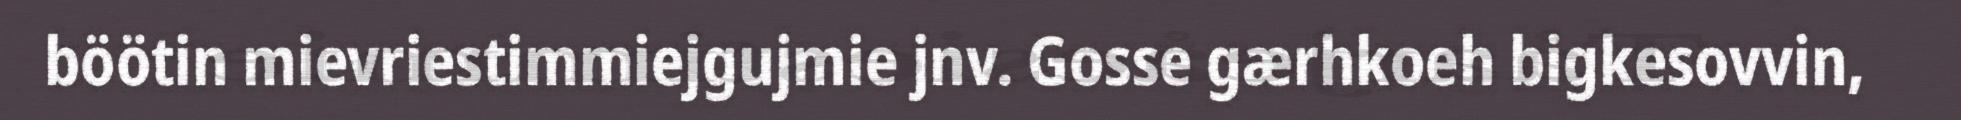
böötin mievriestimmiejgujmie jnv. Gosse gærhkoeh bigkesovvin,